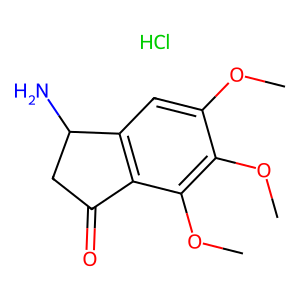
SMILES: COc1cc2c(c(OC)c1OC)C(=O)CC2N.Cl
Inhibits HIV replication: No